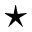
\star